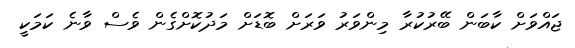
ޖައްވަށް ކާބަން ބޭރުކުރާ މިންވަރު ވަރަށް ބޮޑަށް މަދުކޮށްގެން ވެސް ވާނެ ކަމަކީ